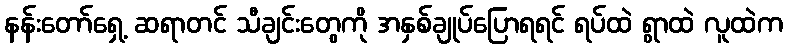
နန်းတော်ရှေ့ ဆရာတင် သီချင်းတွေကို အနှစ်ချုပ်ပြောရရင် ရပ်ထဲ ရွာထဲ လူထဲက